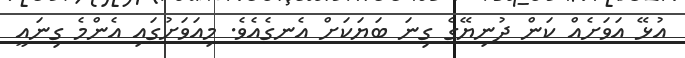
އުޅޭ އަވަށެއް ކަން ދުނިޔޭގެ ގިނަ ބަޔަކަށް އެނގެއެވެ. މިއަވަށުގައި އެންމެ ގިނައީ